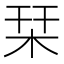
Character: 栞